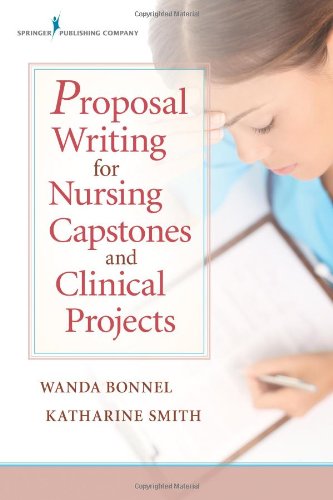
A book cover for Proposal Writing for Nursing Capstones and Clinical Projects; Wanda Bonnel PhD  GNP-BC  ANEF; Medical Books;